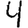
Digit: 4